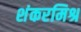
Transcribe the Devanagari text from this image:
शंकरमिश्र